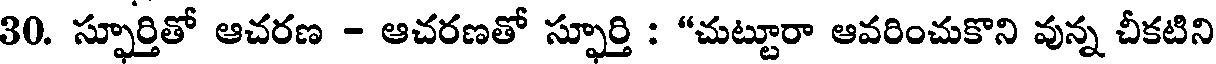
30. స్ఫూర్తితో ఆచరణ - ఆచరణతో స్ఫూర్తి : "చుట్టూరా ఆవరించుకొని వున్న చీకటిని